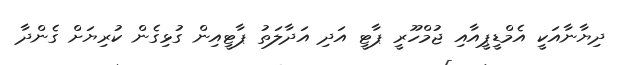
ދިޔާނާއަކީ އެމްޑީޕީއާއި ޖުމްހޫރީ ޕާޓީ އަދި އަދާލަތު ޕާޓީއިން ގުޅިގެން ކުރިޔަށް ގެންދާ